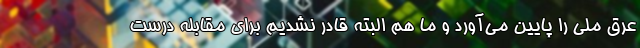
عِرق ملی را پایین می‌آورد و ما هم البته قادر نشدیم برای مقابله درست